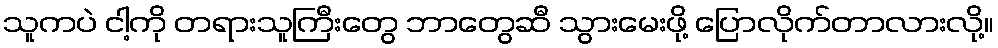
သူကပဲ ငါ့ကို တရားသူကြီးတွေ ဘာတွေဆီ သွားမေးဖို့ ပြောလိုက်တာလားလို့။